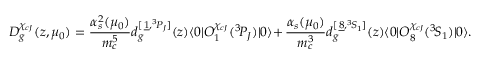
D _ { g } ^ { \chi _ { c J } } ( z , \mu _ { 0 } ) = \frac { \alpha _ { s } ^ { 2 } ( \mu _ { 0 } ) } { m _ { c } ^ { 5 } } d _ { g } ^ { [ \, \underline { { { 1 } } } , { } ^ { 3 } \! P _ { J } ] } ( z ) \langle 0 | { \cal O } _ { 1 } ^ { \chi _ { c J } } ( { } ^ { 3 } \! P _ { J } ) | 0 \rangle + \frac { \alpha _ { s } ( \mu _ { 0 } ) } { m _ { c } ^ { 3 } } d _ { g } ^ { [ \, \underline { { { 8 } } } , { } ^ { 3 } \! S _ { 1 } ] } ( z ) \langle 0 | { \cal O } _ { 8 } ^ { \chi _ { c J } } ( { } ^ { 3 } \! S _ { 1 } ) | 0 \rangle .